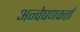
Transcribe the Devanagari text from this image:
अन्वेषणकर्त्ता